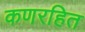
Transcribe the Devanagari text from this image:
कणरहित